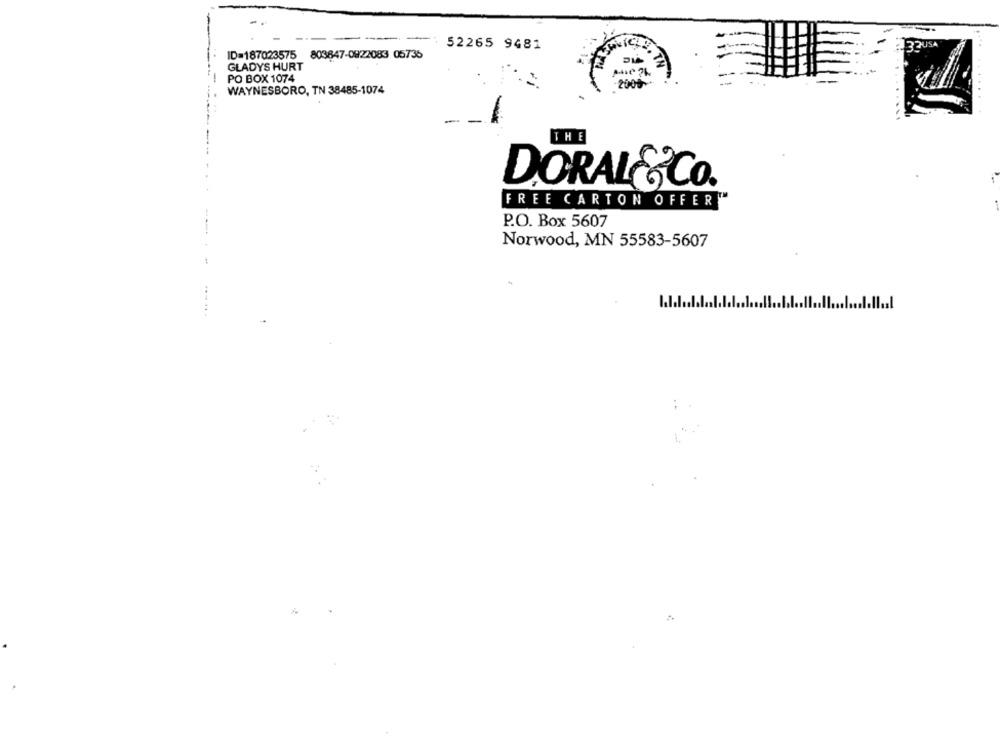
52265 9481
32 US
ID=187023575 803847-0822083 05736
GLADYS HURT
PO BOX 1074
WAYNESBORO, TN 38485-1074
2005
THE
DORAL &CO.
FREE CARTON OFFERT
P.O. Box 5607
Norwood, MN 55583-5607
I.l.l.